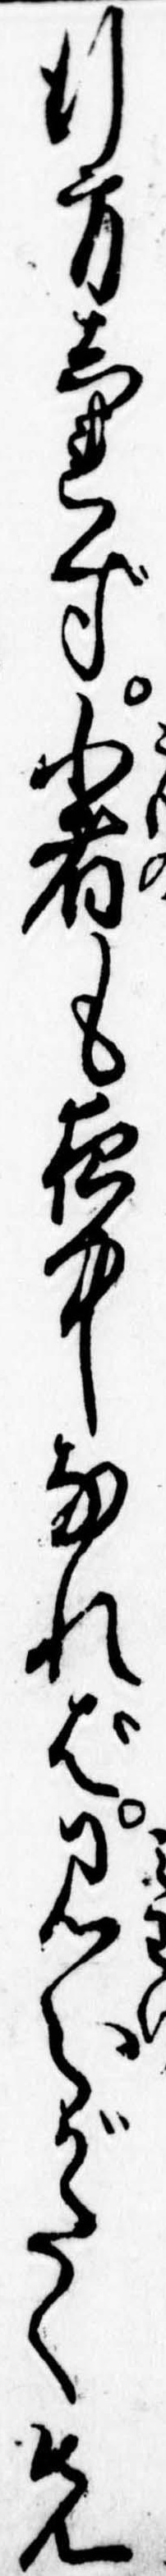
行方しれず小者も夜中なれば見分がたく先